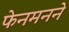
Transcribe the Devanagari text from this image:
फेनमनने